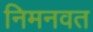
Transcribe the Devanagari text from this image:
निमनवत